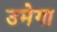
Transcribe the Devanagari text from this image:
उमेगा